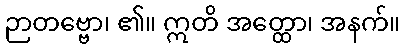
ဉာတဗ္ဗော၊ ၏။ ဣတိ အတ္ထော၊ အနက်။